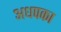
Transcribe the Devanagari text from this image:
अधपका